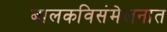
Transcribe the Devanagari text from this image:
बालकविसंमेलनात